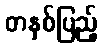
တနှစ်ပြည့်